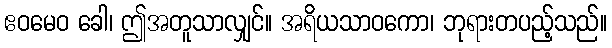
ဧဝမေဝ ခေါ၊ ဤအတူသာလျှင်။ အရိယသာဝကော၊ ဘုရားတပည့်သည်။